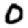
Digit: 0